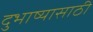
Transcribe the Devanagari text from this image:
दुभाष्यासाठी